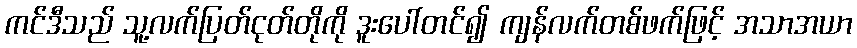
ကင်ဒီသည် သူ့လက်ပြတ်ငုတ်တိုကို ဒူးပေါ်တင်၍ ကျန်လက်တစ်ဖက်ဖြင့် အသာအယာ